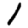
Digit: 1